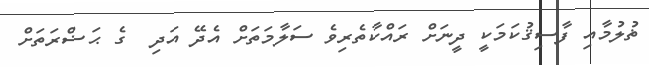
ޡުލުމާއި ފާސިޤުކަމަކީ ދީނަށް ރައްކާތެރިވެ ސަލާމަތަށް އެދޭ އަދި  ގެ ޙަޟްރަތަށް